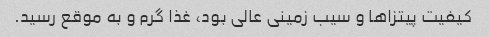
کیفیت پیتزا‌ها و سیب زمینی عالی بود، غذا گرم و به موقع رسید.